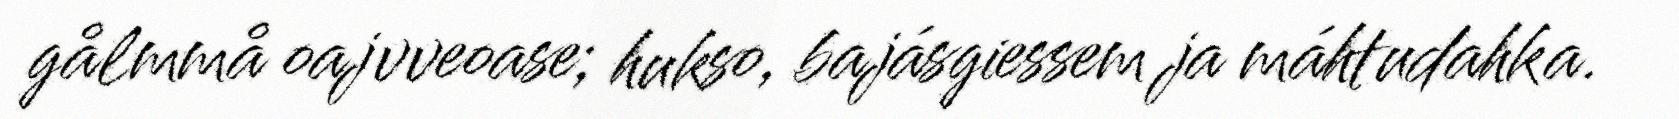
gålmmå oajvveoase; hukso, bajásgiessem ja máhtudahka.